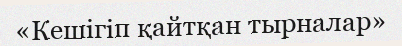
«Кешігіп қайтқан тырналар»